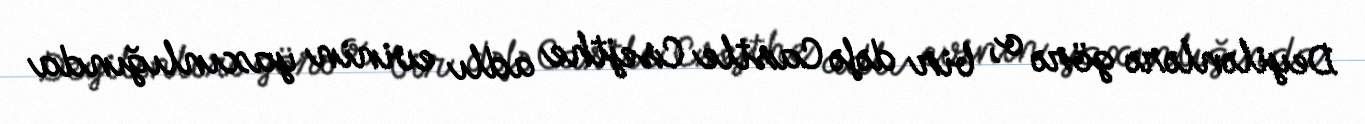
Deyilənlərə görə o, bir dəfə Castle Csejthe adlı evinin yaxınlığında